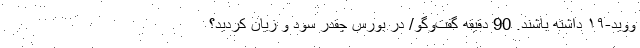
ووید-۱۹ داشته باشند. 90 دقیقه گفت‌وگو/ در بورس چقدر سود و زیان کردید؟